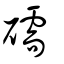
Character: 礝